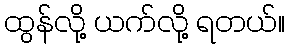
ထွန်လို့ ယက်လို့ ရတယ်။